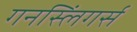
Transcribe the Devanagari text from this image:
गनस्लिंगर्स